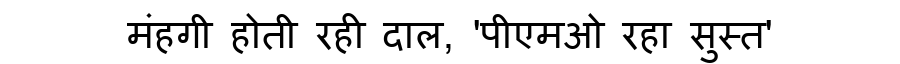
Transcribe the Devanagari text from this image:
मंहगी होती रही दाल, 'पीएमओ रहा सुस्त'